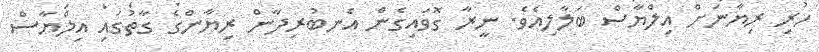
ހުރި ރިޔާނަށް އިލްޔާސް ބަލާލިއެވެ. ނީރާ ގޮވައިގެން އެނބުރިދާން ރިޔާންގެ ގާތުގައި އިލްޔާސް